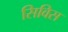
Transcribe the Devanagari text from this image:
सिविस